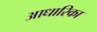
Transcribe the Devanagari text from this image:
आधारिका